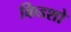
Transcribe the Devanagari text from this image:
किडशो